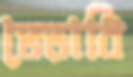
ভেড়াবি